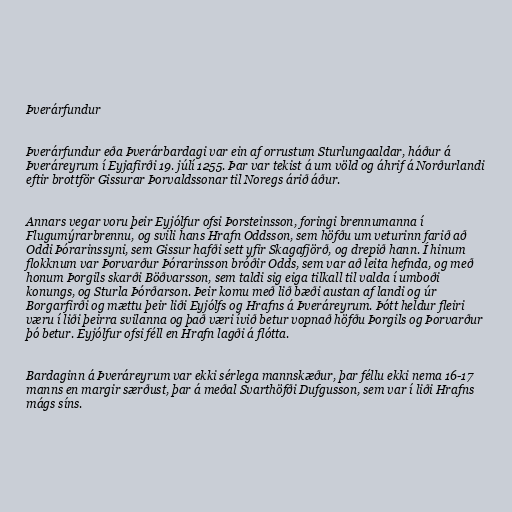
Þverárfundur

Þverárfundur eða Þverárbardagi var ein af orrustum Sturlungaaldar, háður á
Þveráreyrum í Eyjafirði 19. júlí 1255. Þar var tekist á um völd og áhrif á Norðurlandi
eftir brottför Gissurar Þorvaldssonar til Noregs árið áður.

Annars vegar voru þeir Eyjólfur ofsi Þorsteinsson, foringi brennumanna í
Flugumýrarbrennu, og svili hans Hrafn Oddsson, sem höfðu um veturinn farið að
Oddi Þórarinssyni, sem Gissur hafði sett yfir Skagafjörð, og drepið hann. Í hinum
flokknum var Þorvarður Þórarinsson bróðir Odds, sem var að leita hefnda, og með
honum Þorgils skarði Böðvarsson, sem taldi sig eiga tilkall til valda í umboði
konungs, og Sturla Þórðarson. Þeir komu með lið bæði austan af landi og úr
Borgarfirði og mættu þeir liði Eyjólfs og Hrafns á Þveráreyrum. Þótt heldur fleiri
væru í liði þeirra svilanna og það væri ívið betur vopnað höfðu Þorgils og Þorvarður
þó betur. Eyjólfur ofsi féll en Hrafn lagði á flótta.

Bardaginn á Þveráreyrum var ekki sérlega mannskæður, þar féllu ekki nema 16-17
manns en margir særðust, þar á meðal Svarthöfði Dufgusson, sem var í liði Hrafns
mágs síns.